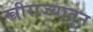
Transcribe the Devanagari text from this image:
स्त्रीराज्यातून